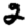
Digit: 2